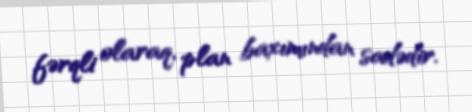
fərqli olaraq, plan baxımından sadədir.